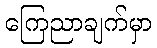
ကြေညာချက်မှာ